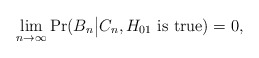
\begin{align*} \lim\limits_{n\rightarrow\infty} \Pr(B_n\big|C_n, H_{01} \mbox{ is true})=0, \end{align*}